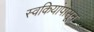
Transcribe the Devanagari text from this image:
स्वकियांपासून